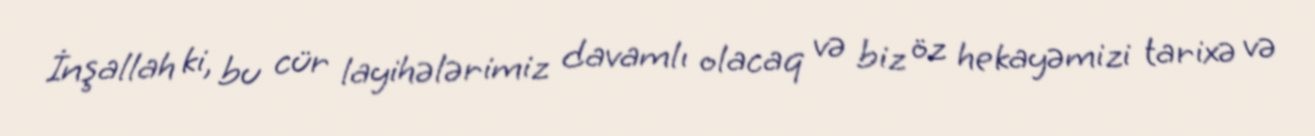
İnşallah ki, bu cür layihələrimiz davamlı olacaq və biz öz hekayəmizi tarixə və